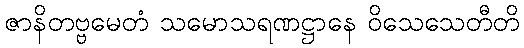
ဇာနိတဗ္ဗမေတံ သမောသရဏဋ္ဌာနေ ဝိသေသေတီတိ